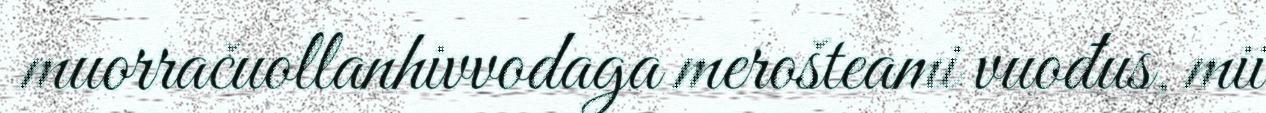
muorračuollanhivvodaga merošteami vuođus, mii